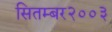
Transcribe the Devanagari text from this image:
सितम्बर२००३